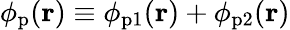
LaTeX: \phi_{\mathrm{p}}(\mathbf{r})\equiv\phi_{\mathrm{p}1}(\mathbf{r})+\phi_{\mathrm{p}2}(\mathbf{r})